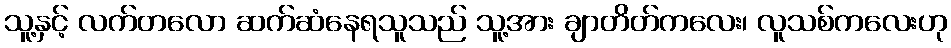
သူ့နှင့် လက်တလော ဆက်ဆံနေရသူသည် သူ့အား ချာတိတ်ကလေး၊ လူသစ်ကလေးဟု